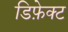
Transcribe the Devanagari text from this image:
डिफ़ेक्ट